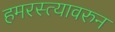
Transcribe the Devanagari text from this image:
हमरस्त्यावरुन